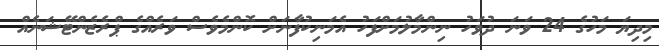
މިދިޔަ މަހުގެ 24 ވަނަ ދުވަހު ނިންމާލުމަށްފަހު އެމަނިކުފާނަށް ކޮންމެވެސް ވަރެއްގެ ޕްރެޒެންޓޭޝަނެއް